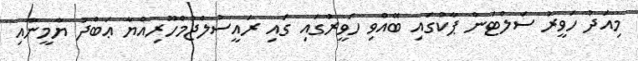
މިއަދު ހަވީރު ސަލްޓަން ޕާކުގައި ބޭއްވި ހަވީރުގައި ގައި ރައީސުލްޖުމްހޫރިއްޔާ ޢަބްދު ޔާމީނާއި